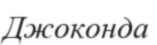
Джоконда